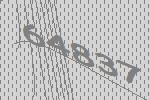
64837